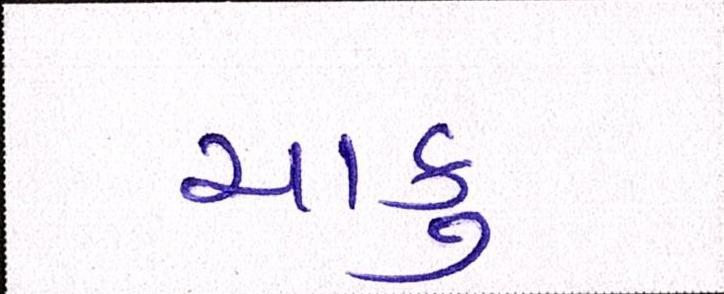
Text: ચાકુ